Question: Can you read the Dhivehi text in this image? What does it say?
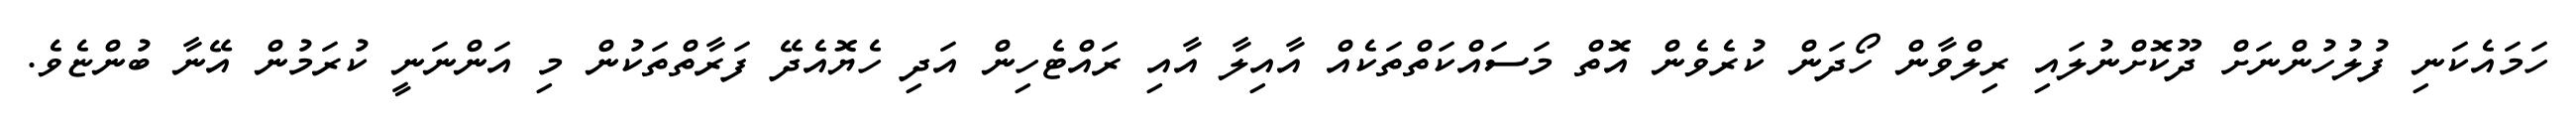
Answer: ހަމައެކަނި ފުލުހުންނަށް ދޫކޮށްނުލައި ރިލްވާން ހޯދަން ކުރެވެން އޮތް މަސައްކަތްތަކެއް އާއިލާ އާއި ރައްޓެހިން އަދި ހެޔޮއެދޭ ފަރާތްތަކުން މި އަންނަނީ ކުރަމުން އޭނާ ބުންޏެވެ.